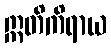
ဣတိကိရာယ